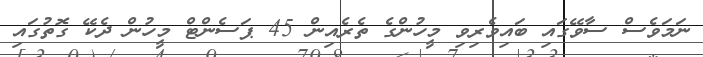
ނަމަވެސް ސާވޭގައި ބައިވެރިވި މީހުންގެ ތެރެއިން 45 ޕަސެންޓް މީހުން ދެކޭ ގޮތުގައި